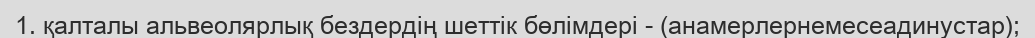
1. қалталы альвеолярлық бездердің шеттік бөлімдері - (анамерлернемесеадинустар);